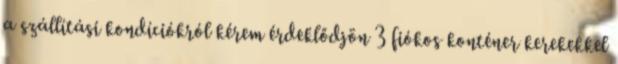
a szállítási kondíciókról kérem érdeklődjön 3 fiókos konténer kerekekkel